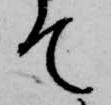
て